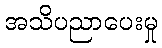
အသိပညာပေးမှု